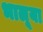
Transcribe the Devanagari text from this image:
भालूया